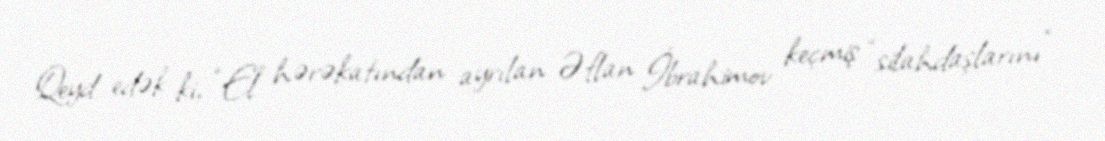
Qeyd edək ki, “El” hərəkatından ayrılan Əflan İbrahimov keçmiş “silahdaşlarını”